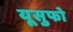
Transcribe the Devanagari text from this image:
यूसुफो